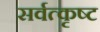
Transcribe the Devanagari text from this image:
सर्वत्कृष्ट